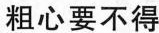
粗心要不得